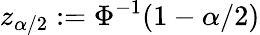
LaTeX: z_{\alpha/2}:=\Phi^{-1}(1-\alpha/2)